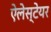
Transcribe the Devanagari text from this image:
ऐलेस्टेयर